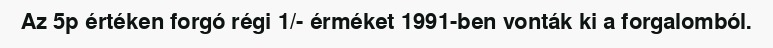
Az 5p értéken forgó régi 1/- érméket 1991-ben vonták ki a forgalomból.